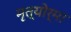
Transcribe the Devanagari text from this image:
मृत्योर्मा